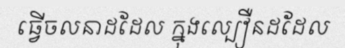
ធ្វើចលនាដដែល ក្នុងល្បឿនដដែល